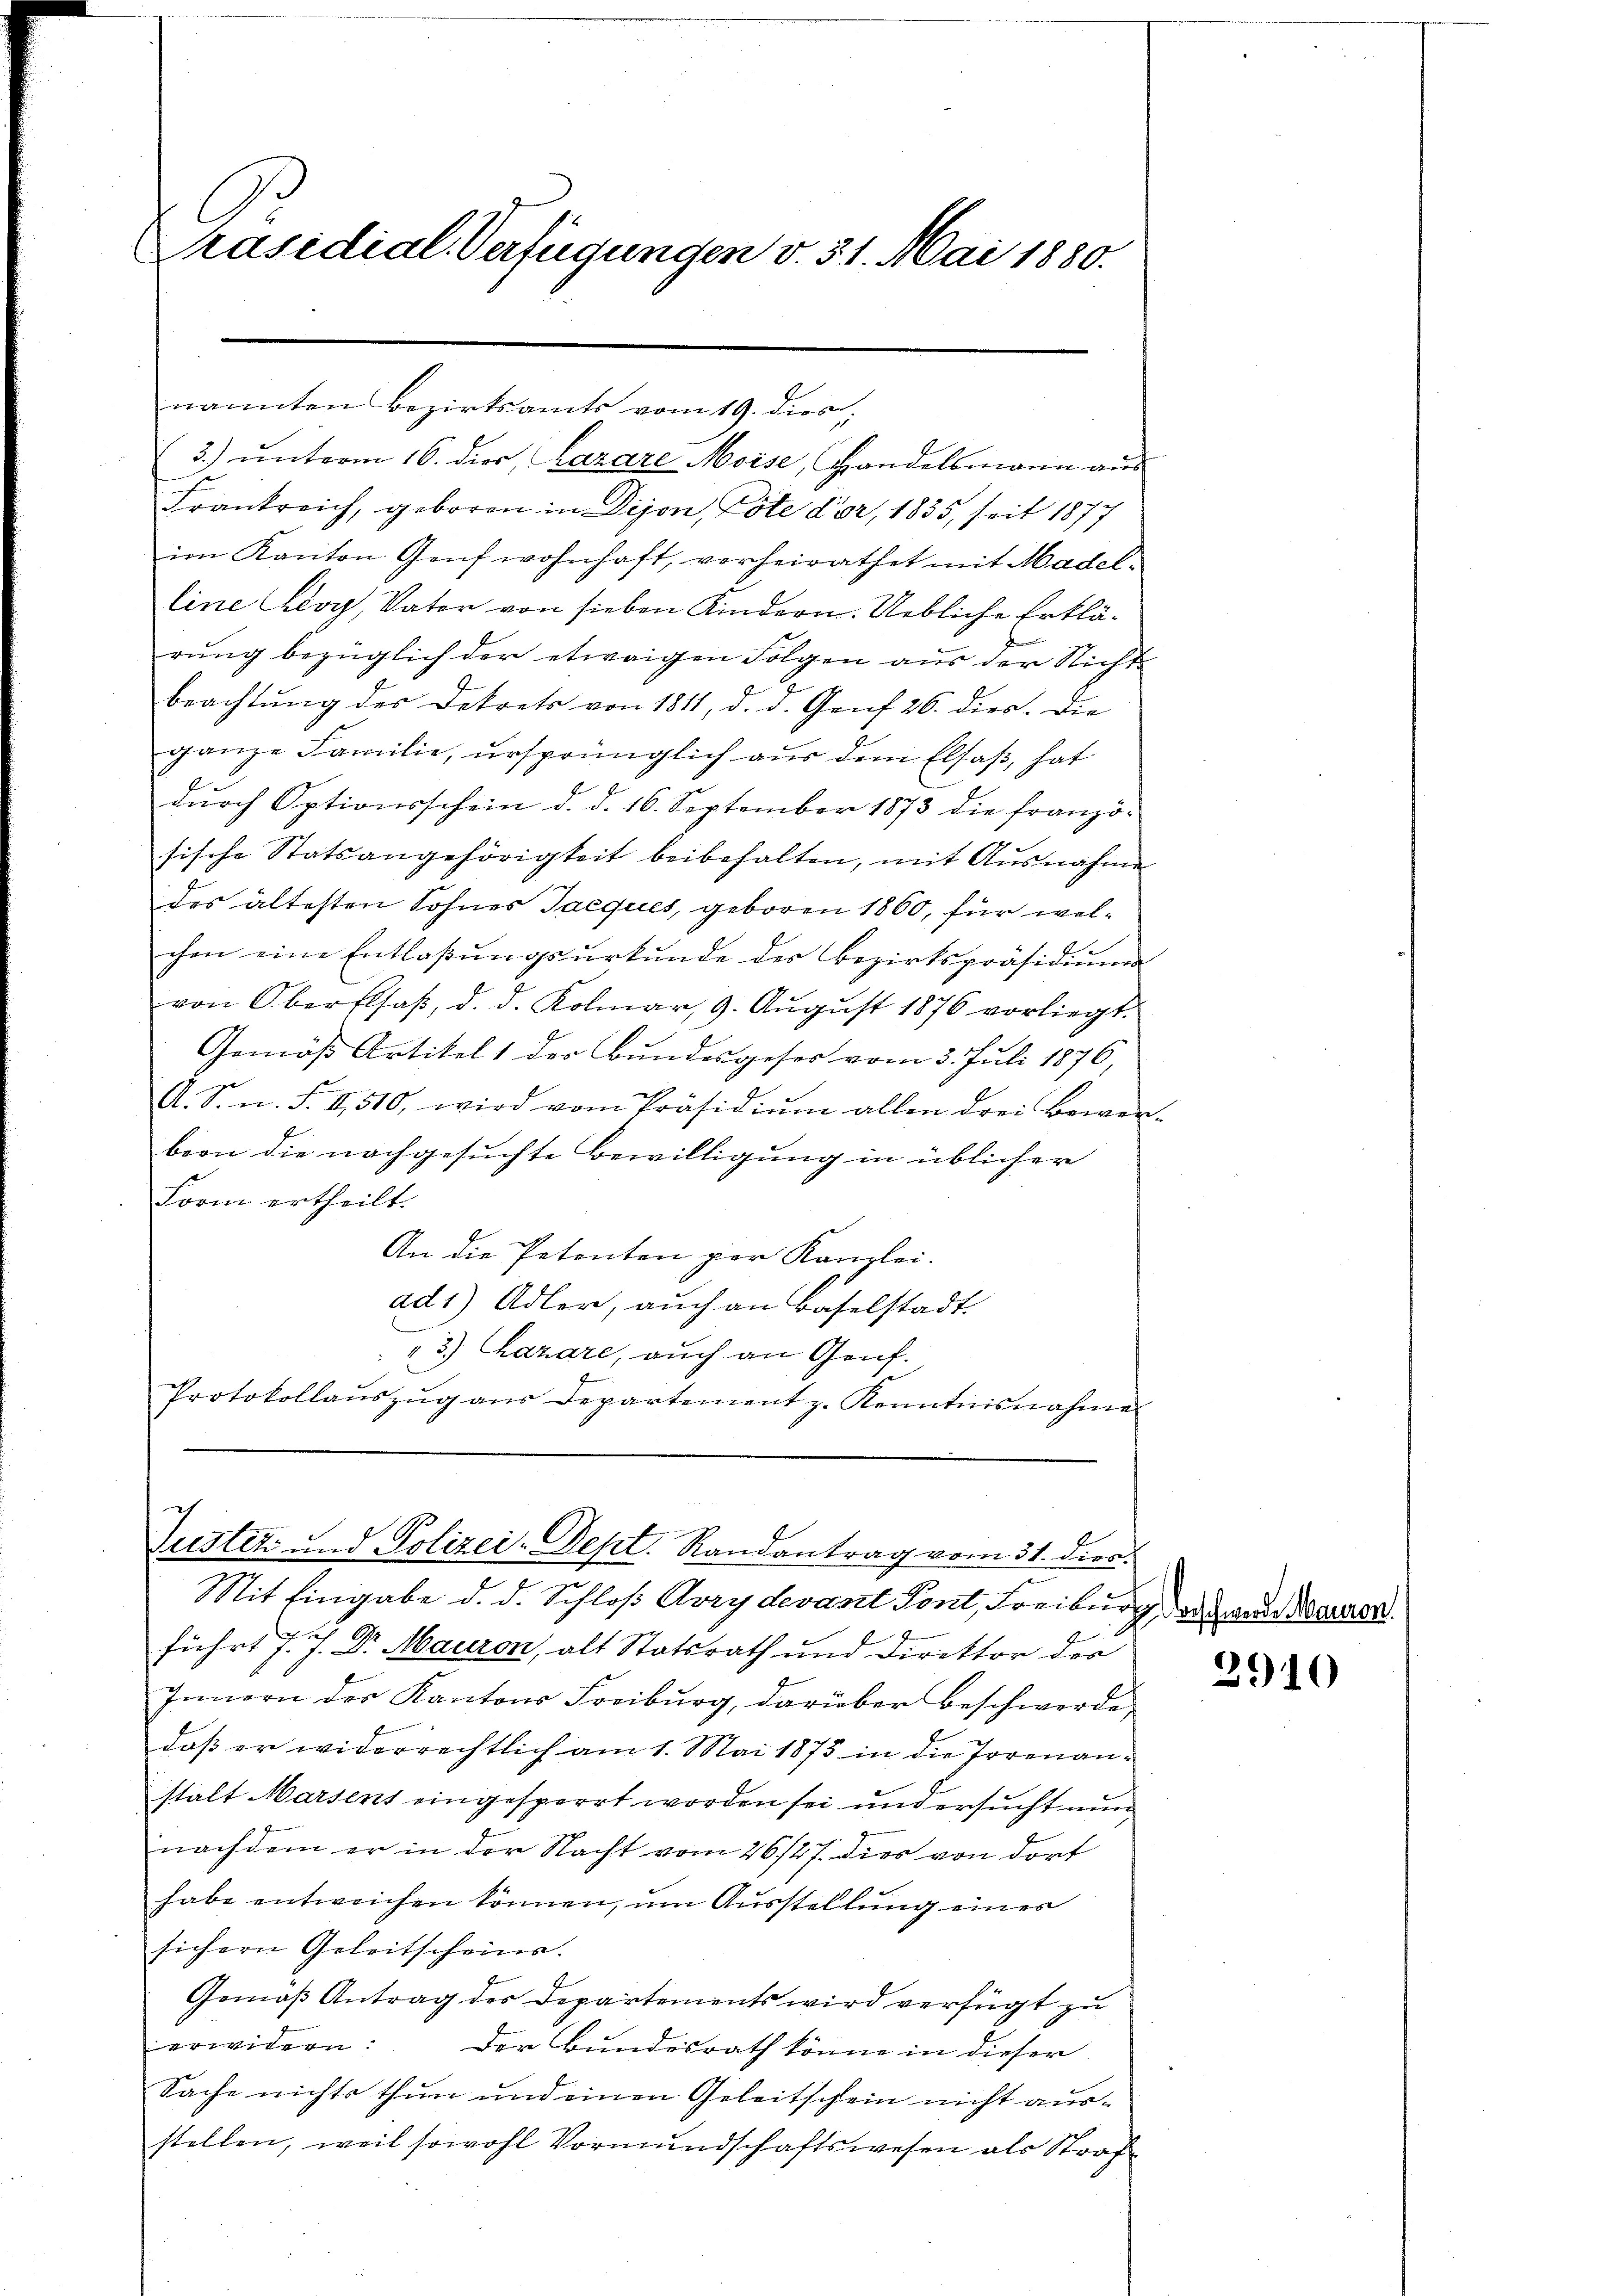
Präsidial-Verfügungen v. 31. Mai 1880.

nannten Bezirksamts vom 19. dies
(3.) unterm 16. dies, Lazare Moise, Handelsmann aus
Frankreich, geboren in Dijon, Pote d’or, 1835, seit 1877
im Kanton Genf wohnhaft, verheirathet mit Madel-
line Lioy, Vater von sieben Kindern. Uebliche Erklärung bezüglich der etwaigen Folgen aus der Nicht
Beachtung des Dekrets von 1811, d. d. Genf 26. dien. Die
ganze Familie, ursprünglich aus dem Elsaß, hat
durch Optionsschein d. d. 16. September 1873 die franzö-
sische Statsangehörigkeit beibehalten, mit Ausnahme
des ältesten Sohnes Jacques, geboren 1860, für welchen eine Entlassungsurkunde des Bezirkspräsidium
von Oberflsaß, d. d. Kolmar, 9. August 1876 vorliegt.
Gemäß Artikel 1 der Bundesgeses vom 3. Juli 1876,
A. S. n. F. II 510, wird vom Präsidiŭm allen drei Bewer-
born die nachgesuchte Bewilligung in üblicher
Form ertheilt.
An die Petenten per Kanzlei.
ad1) Adler, auch an Baselstadt.
3.) Lazare, auch an Genf.
Protokollaŭszŭg aŭs Departement z. Kenntnisnahme

c
Justiz und Polizei-Dept. Randantrag vom 31. dien.

Mit Eingabe d. d. Schloß Avrydevant Pont, Freiburg, das Lander Manner
führt J. J. Dr. Mauron, alt Statsrath und Direktor der
Innern des Kantons Freiburg, darüber beschwerde,
daß er widerrechtlich am 1. Mai 1875 in die Irrenanstalt Marsens eingesperrt worden sei und ersucht nun
nachdem er in der Nacht vom 26/27. dies von dort
habe entweichen können, um Ausstellung einer
sichern Geleitscheins.
Gemäß Antrag des Departements wird verfügt zu
erwidern: Der Bundesrath könne in dieser
Sache nichts thun und einen Geleitschein nicht ausstellen, weil sowohl Vormundschaftswesen als Straf

3910